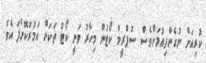
ކުރިއަށް ނުގެންދިއުމަށްވެސް ސުޕްރީމް ކޯޓުން މިހާރު ވަނީ ކޯޓު ތަކަށް އަމުރުކޮށްފަ އެވެ.